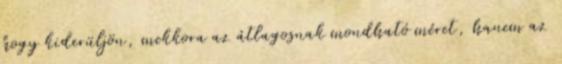
hogy kiderüljön, mekkora az átlagosnak mondható méret, hanem az